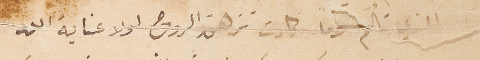
الذي تألم الاماً كادت تزهق الروح لولا عنايه الله